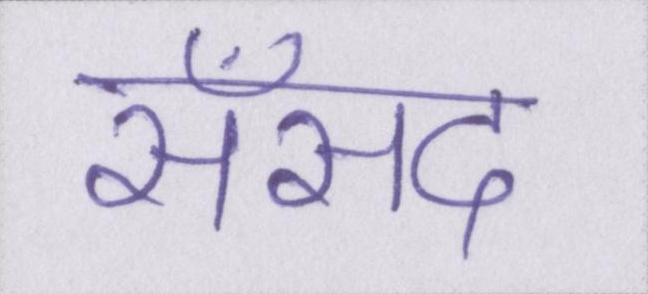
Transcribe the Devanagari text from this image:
सँसद